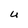
Character: U